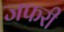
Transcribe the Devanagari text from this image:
जफरी